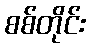
စစ်တိုင်း